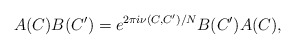
\begin{align*}A(C)B(C')=e^{2\pi i \nu(C,C')/N}B(C')A(C),\end{align*}